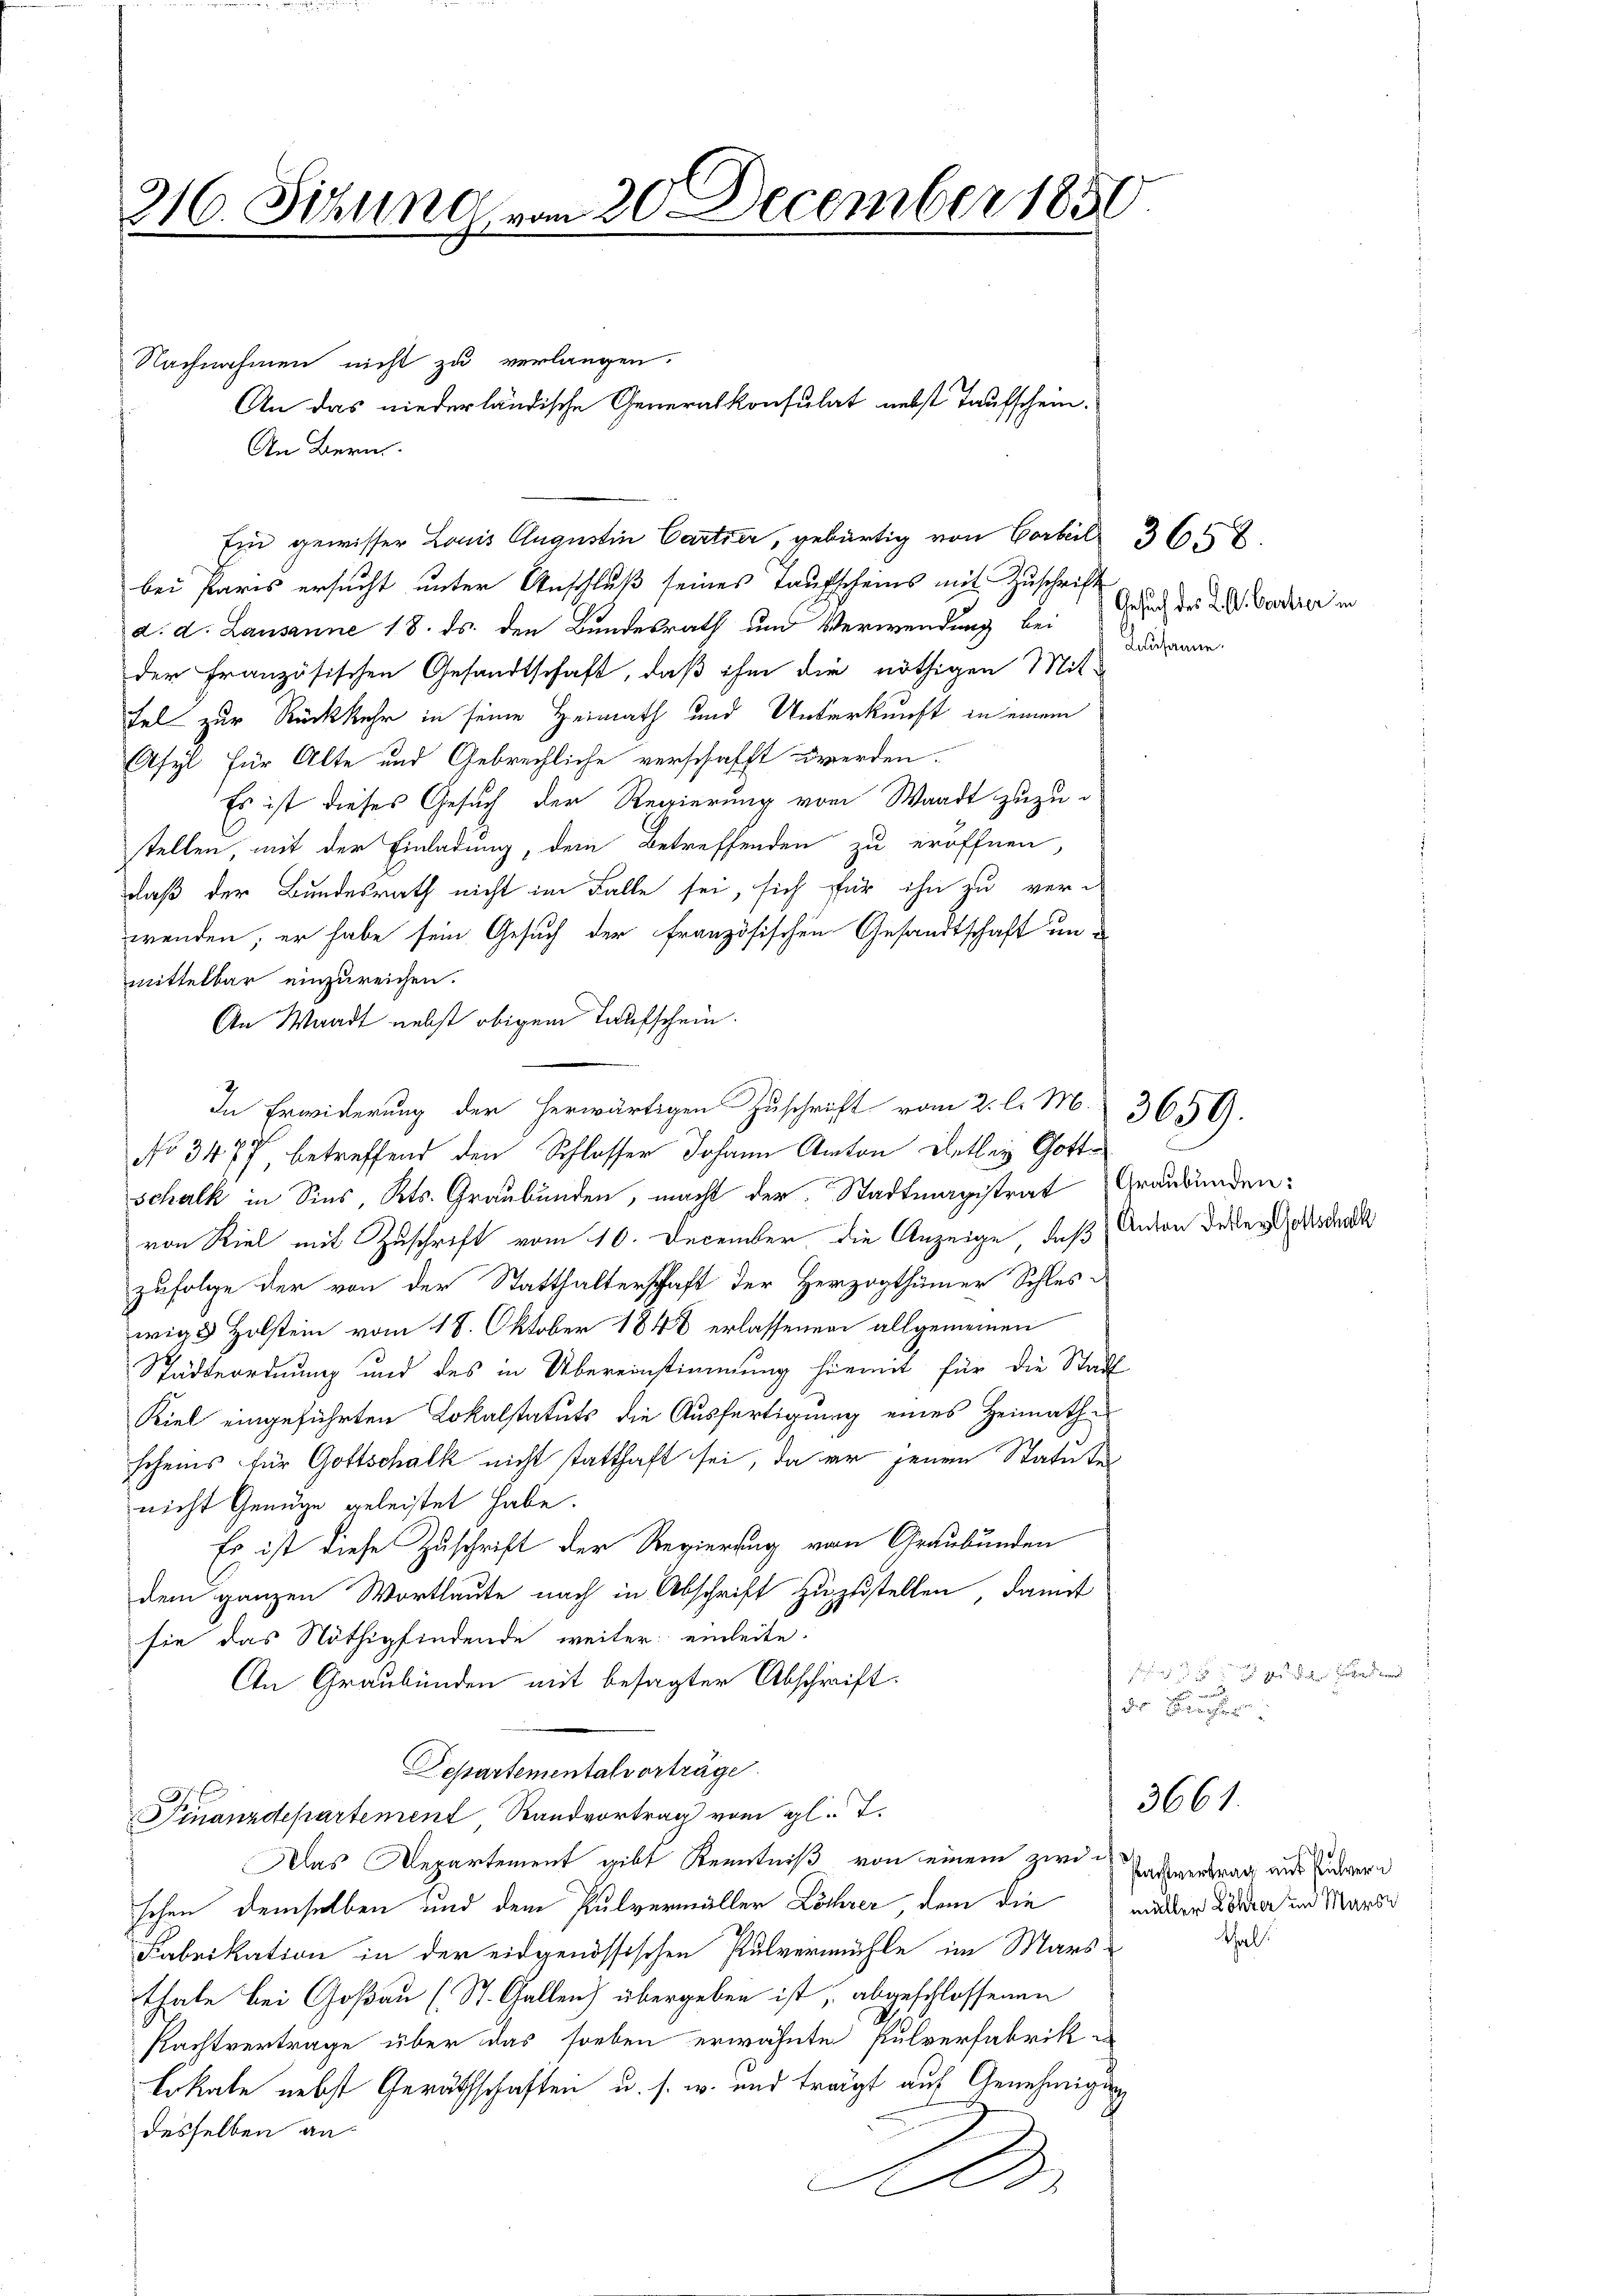
216. Silln vom 20. December 1850

Ein gewisser Louis Augustin Cartier, gebürtig von Corbil 36 x
bei Paris ersucht unter Anschluß seines Taufscheins mit Zuschrift
d. d. Lausanne 18. ds. den Bundesrath und Verwendung bei daran
der Französischen Gesandtschaft, daß ihm die nöthigen Mit-
fel zur Rückkehr in seine Heimath und Unterkunft in einem
Asyl für Alte und Gebrechliche verschafft werden.
Es ist dieses Gesuch der Regierung vom Waadt zuzustellen, mit der Einladung, dem Betreffenden zu eröffnen,
daß der Bundesrath nicht im Falle sei, sich für ihn zu ver-
wenden, er habe sein Gesuch der französischen Gesandtschaft un
mittelbar einzureichen.
An Waadt nebst obigem Taufschein.
In Erwiderung der herwärtigen Zuschrift vom 2. l. M. 3659.
No 3477, betreffend den Schlosser Johann Anton Detley Gottschalk in Sins, Kts. Graubünden, macht der Stadtmagistrat Graubünden-
von Kiel mit Zuschrift vom 10. December, die Anzeige, daß Anton Deser Gottsdruck
zufolge der von der Statthalterschaft der Herzogthümer Schles-
wig Holstein vom 18. Oktober 1848 erlassenen allgemeinen
Städteordnung und des in Übereinstimmung hiemit für die Stadt
Kiel eingeführten Lokalstatuts die Ausfertigung eines Heimathscheins für Gottschalk nicht statthaft sei, da er jenen Statuten
nicht Genüge geleistet habe.
Es ist diese Zuschrift der Regierung von Graubünden
dem ganzen Wortlaute nach in Abschrift zuzustellen, damit
sie das Nöthigfindende weiter einleite.
An Graubünden mit besagter Abschrift:
Separtementalvorträge.
Finanzdepartement, Randvortrag vom gl. T.
Das Departement gibt Kenntniß von einem zwenstvertrag aus Endern
schen demselben und dem Pulvermaller Löhrer, dem die maler Korrer und Marie
Fabrikation in der eidgenössischen Pulvermühle im Mars
thale bei Goßau (St. Gallen) übergeben ist, abgeschlossenen
Pachtvertrage über das soeben erwähnte Pulverfabrik¬
Lokale nebst Geräthschaften u. s. w. und trägt auf Genehmigung
desselben an
A

Nachnahmen nicht zu verlangen.
An das niederländische Generalkonsulat nebst Taufschein.
An Bern.

Gesuch des K. A. Cartier in

silie und   es in der Farbend und
dr

thal.

3661.